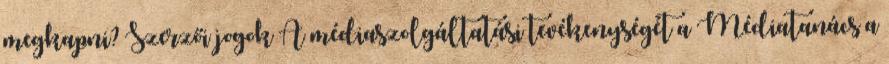
megkapni? Szerzői jogok A médiaszolgáltatási tevékenységét a Médiatanács a